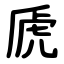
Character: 虒